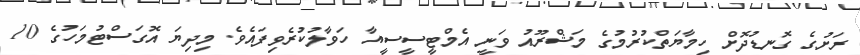
ރަށުގެ ގޮނޑުދޮށް ހިމާޔަތްކުރުމުގެ މަޝްރޫއު ވަނީ އެމްޓީސީސީއާ ހަވާލުކުރެވިފައެވެ. މިދިޔަ އޮގަސްޓުމަހުގެ 10